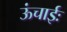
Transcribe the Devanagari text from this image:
ऊंचाईः